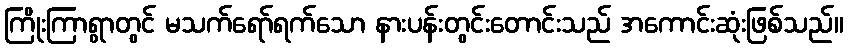
ကြိုးကြာရွာတွင် မသက်ရော်ရက်သော နားပန်းတွင်းတောင်းသည် အကောင်းဆုံးဖြစ်သည်။